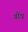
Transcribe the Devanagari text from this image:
गोंघ